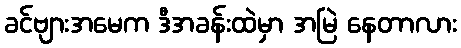
ခင်ဗျားအမေက ဒီအခန်းထဲမှာ အမြဲ နေတာလား